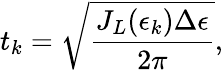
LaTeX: t_{k}=\sqrt{\frac{J_{L}(\epsilon_{k})\Delta\epsilon}{2\pi}},